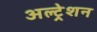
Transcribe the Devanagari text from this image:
अल्ट्रेशन